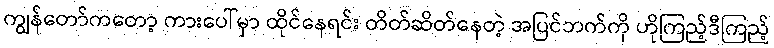
ကျွန်တော်ကတော့ ကားပေါ်မှာ ထိုင်နေရင်း တိတ်ဆိတ်နေတဲ့ အပြင်ဘက်ကို ဟိုကြည့်ဒီကြည့်